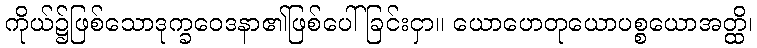
ကိုယ်၌ဖြစ်သောဒုက္ခဝေဒနာ၏ဖြစ်ပေါ်ခြင်းငှာ။ ယောဟေတုယောပစ္စယောအတ္ထိ၊